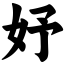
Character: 妤